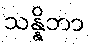
သန္နိဘာ